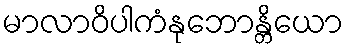
မာလာဝိပါကံနုဘောန္တိယော